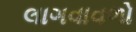
લાગવાવળો